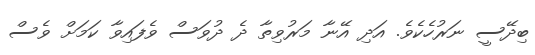
ބިދޭސީ ނަރުހެކެވެ. އަދި އޭނާ މަރުވިތާ ދެ ދުވަސް ވެފައިވާ ކަމަށް ވެސް